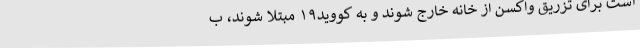
است برای تزریق واکسن از خانه خارج شوند و به کووید۱۹ مبتلا شوند، ب